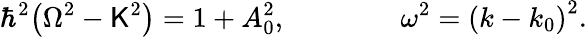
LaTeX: \hbar^{2}{\left(\Omega^{2}-\mathsf{K}^{2}\right)}=1+A_{0}^{2},\qquad\qquad\omega^{2}={\left(k-k_{0}\right)}^{2}.